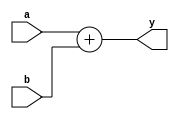
/* Module: Adder
   Description: Adds two numbers and ignores the carry out
   Parameters: WIDTH - Line width, default 32-bit
   Inputs: a, b - 32-bit lines
   Outputs: y - 32-bit line
*/
module adder #(parameter WIDTH = 32) ( 
   input  [WIDTH-1:0] a,
   input  [WIDTH-1:0] b,
   output [WIDTH-1:0] y
);
    assign y = a + b;

endmodule